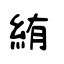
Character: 絠